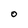
Character: O